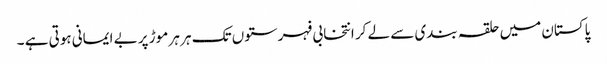
پاکستان میں حلقہ بندی سے لے کر انتخابی فہرستوں تک ہر ہر موڑ پر بے ایمانی ہوتی ہے ۔